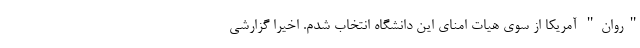
"روان" آمریکا از سوی هیات امنای این دانشگاه انتخاب شدم. اخیرا گزارشی